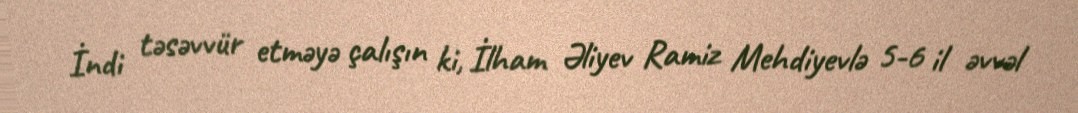
İndi təsəvvür etməyə çalışın ki, İlham Əliyev Ramiz Mehdiyevlə 5-6 il əvvəl